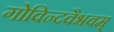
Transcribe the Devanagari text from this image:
गोविन्दवैभवम्